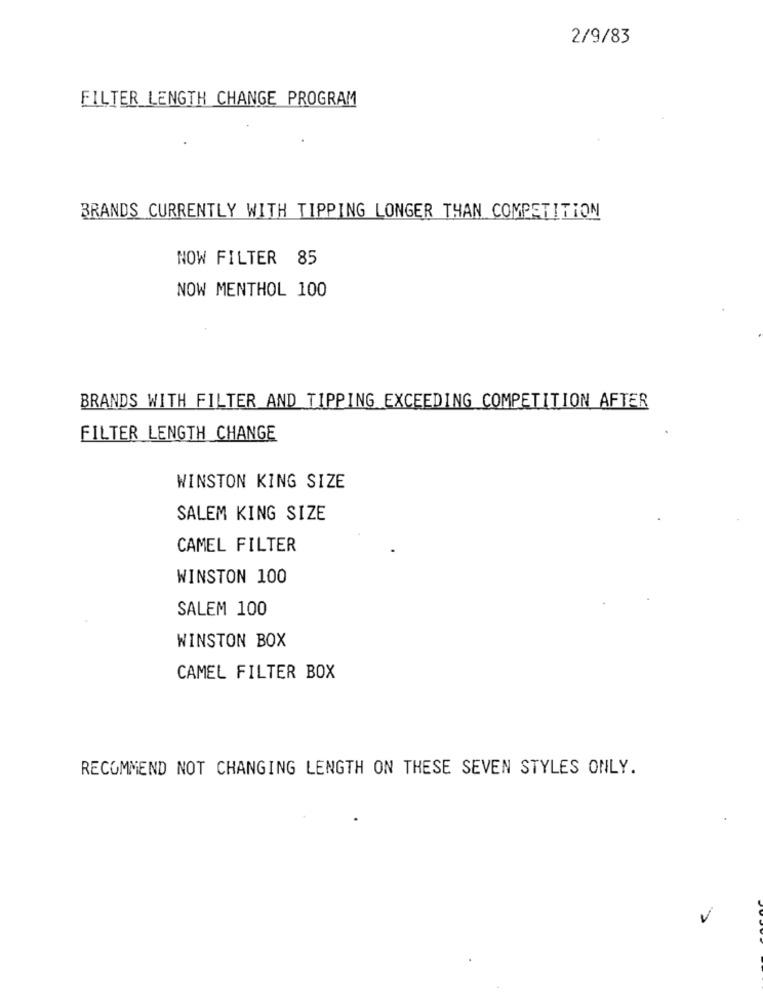
2/9/83
FILTER LENGTH CHANGE PROGRAM
BRANDS CURRENTLY WITH TIPPING LONGER THAN COMPETITION
NOW FILTER 85
NOW MENTHOL 100
BRANDS WITH FILTER AND TIPPING EXCEEDING COMPETITION AFTER
FILTER LENGTH CHANGE
WINSTON KING SIZE
SALEM KING SIZE
CAMEL FILTER
WINSTON 100
SALEM 100
WINSTON BOX
CAMEL FILTER BOX
RECOMMEND NOT CHANGING LENGTH ON THESE SEVEN STYLES ONLY.